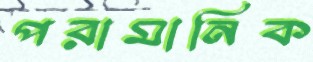
পরামানিক